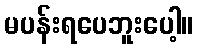
မပန်းရပေဘူးပေါ့။